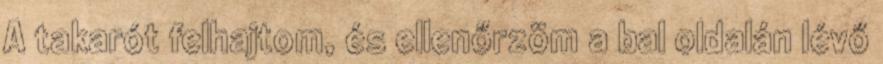
A takarót felhajtom, és ellenőrzöm a bal oldalán lévő